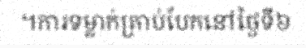
។ការទម្លាក់គ្រាប់បែកនៅថ្ងៃទី៦